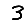
Digit: 3